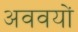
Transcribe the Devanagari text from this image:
अववयों